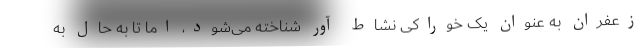
زعفران به عنوان یک خوراکی نشاط ‌آور شناخته می‌شود، اما تا به حال به